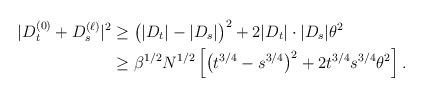
LaTeX: \begin{align*} |D_t^{(0)}+D_s^{(\ell)}|^2 & \ge \big(|D_t|-|D_s|\big)^2 + 2|D_t|\cdot|D_s|\theta^2 \\&\ge\beta^{1/2}N^{1/2}\left[\big(t^{3/4}-s^{3/4}\big)^2 + 2t^{3/4}s^{3/4}\theta^2\right] .\end{align*}